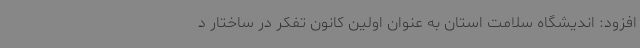
افزود: اندیشگاه سلامت استان به عنوان اولین کانون تفکر در ساختار د